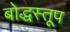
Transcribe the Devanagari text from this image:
बोद्धस्तूप